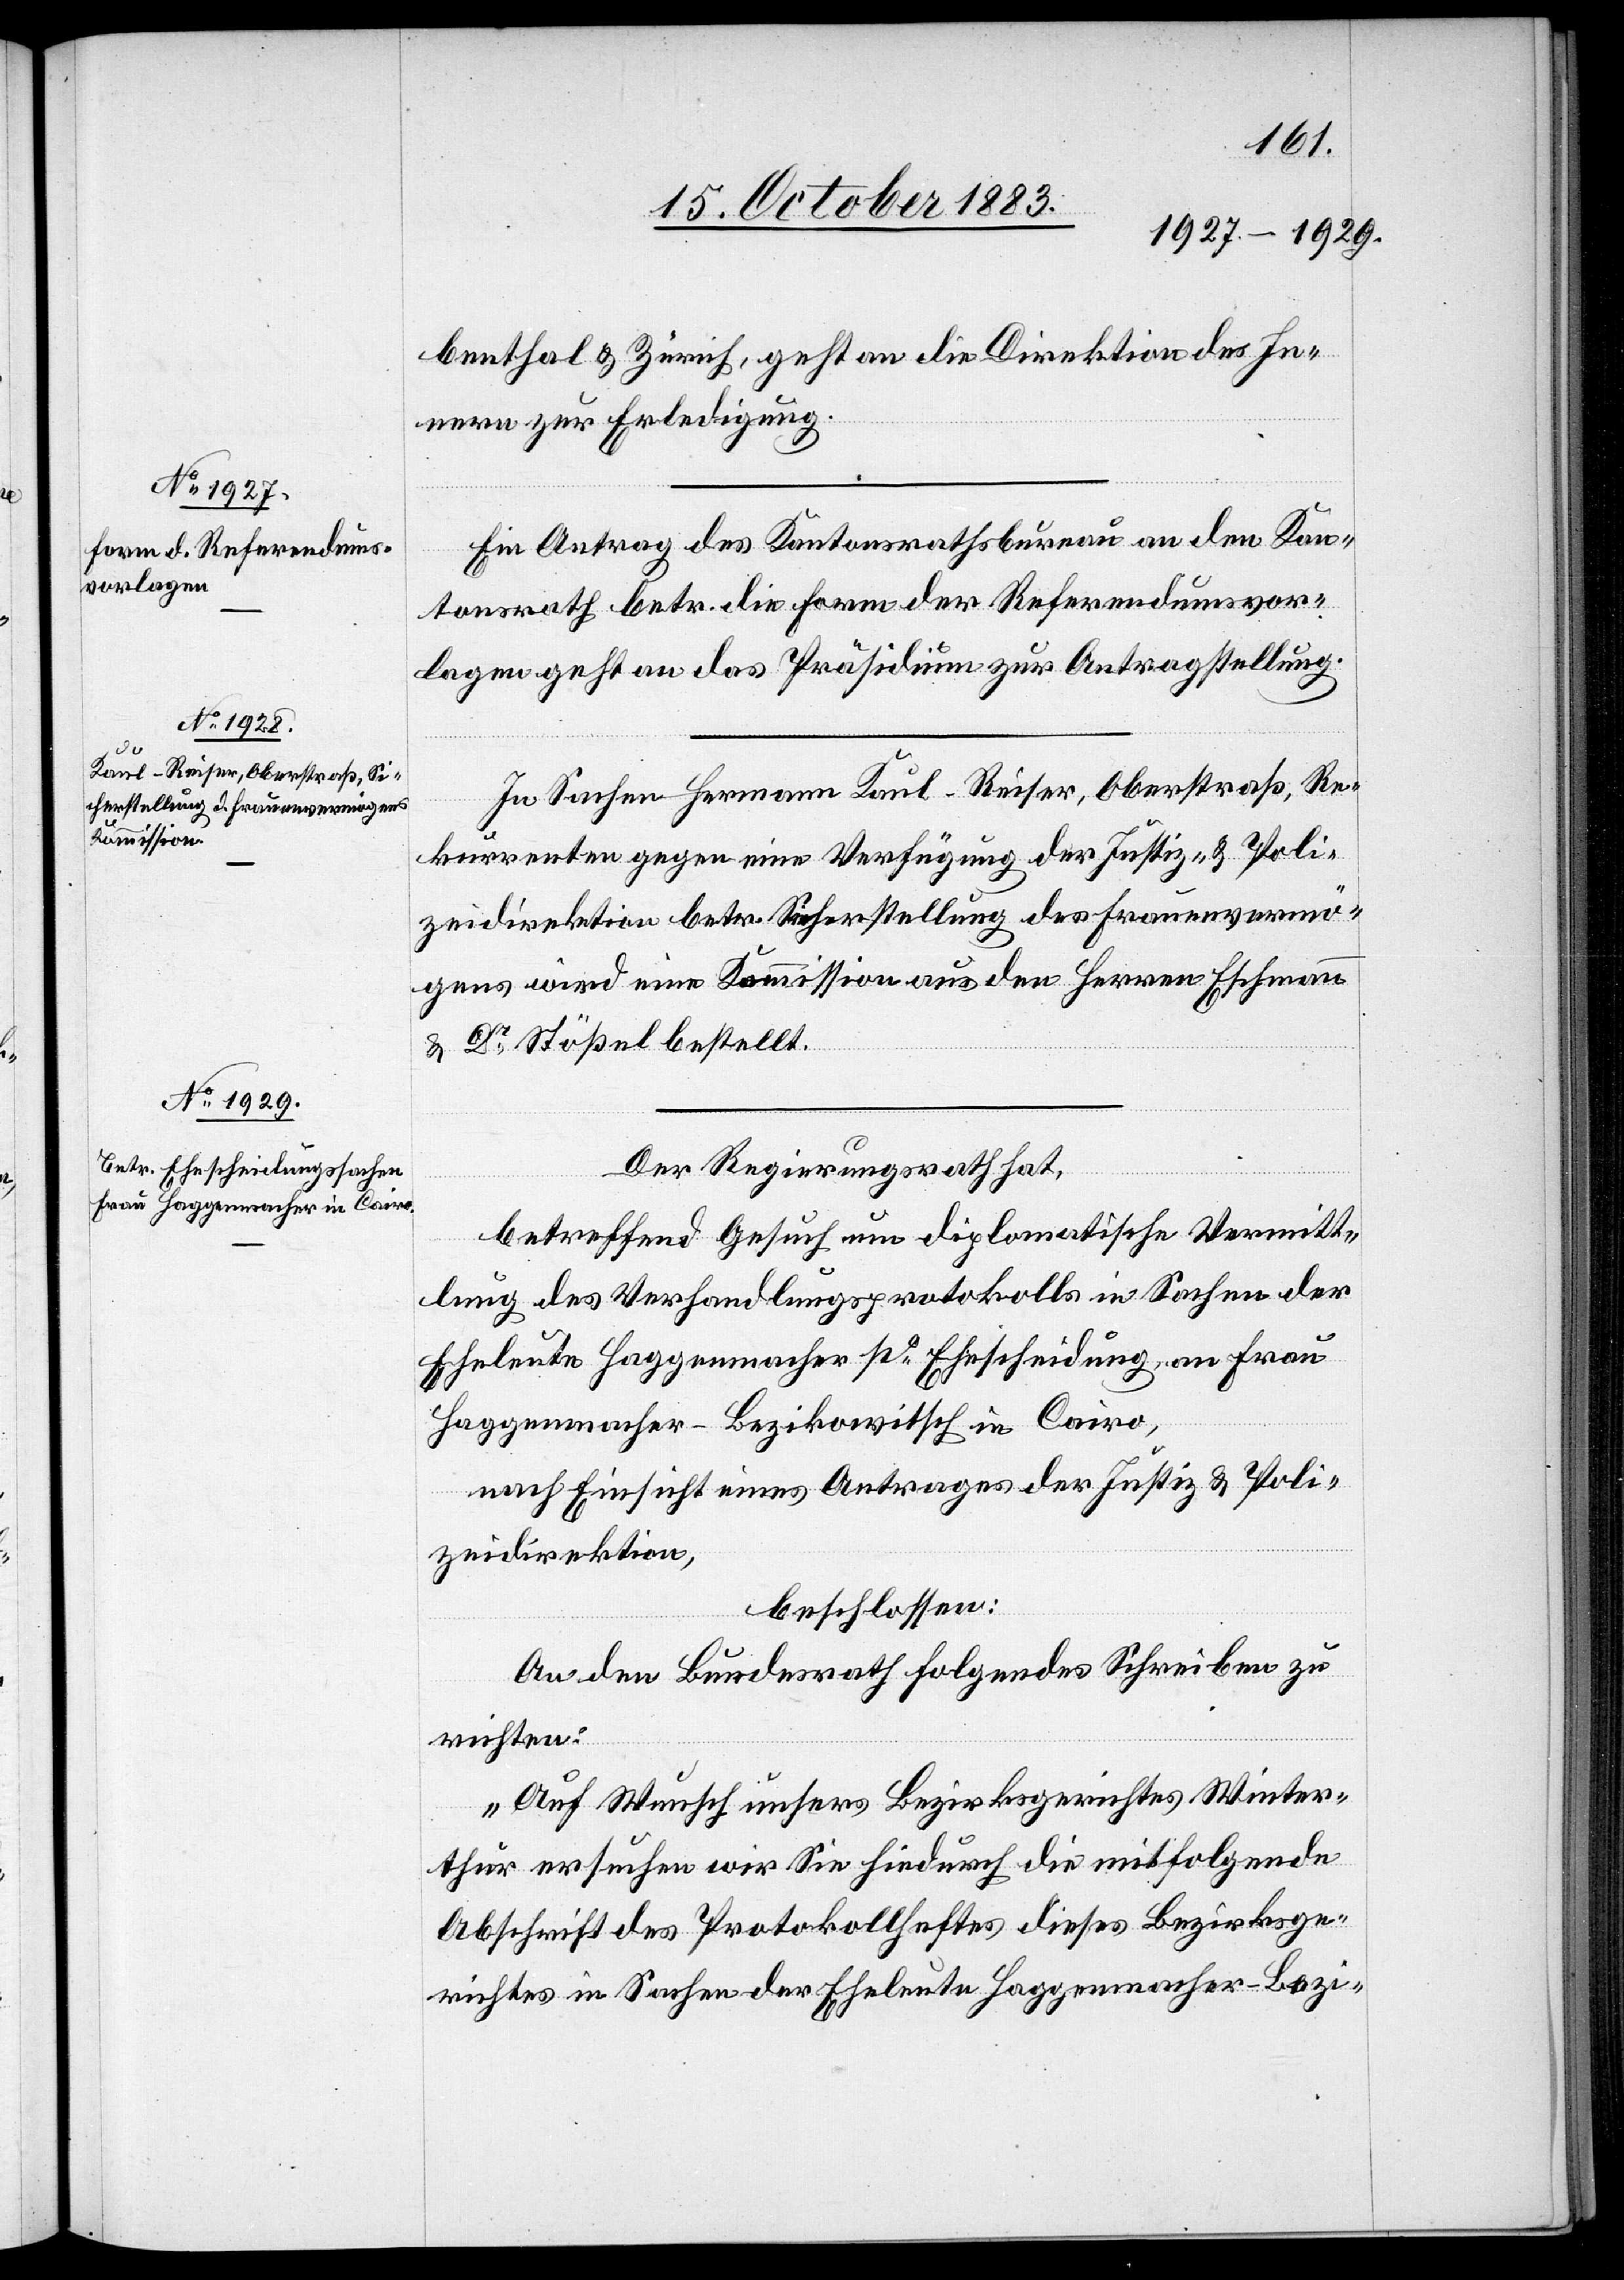
benthal & Zürich, geht an die Direktion des In¬
nern zur Erledigung.
Ein Antrag des Kantonsrathsbureau an den Kan¬
tonsrath betr. die Form der Referendumsvor¬
lagen geht an das Präsidium zur Antragstellung.
In Sachen Hermann Kaul-Rieser, Oberstraß, Re¬
kurrenten gegen eine Verfügung der Justiz- & Poli¬
zeidirektion betr. Sicherstellung des Frauenvermö¬
gens wird eine Kommission aus den Herren Eschmann
& Dr Stößel bestellt.
Der Regierungsrath hat,
betreffend Gesuch um diplomatische Vermitt¬
lung des Verhandlungsprotokolls in Sachen der
Eheleute Haggenmacher po Ehescheidung, an Frau
Haggenmacher-Bezikowitsch in Cairo,
nach Einsicht eines Antrages der Justiz- & Poli¬
zeidirektion,
beschlossen:
An den Bundesrath folgendes Schreiben zu
richten:
„Auf Wunsch unsers Bezirksgerichtes Winter¬
thur ersuchen wir Sie hiedurch die mitfolgende
Abschrift des Protokollheftes dieses Bezirksge¬
richtes in Sachen der Eheleute Haggenmacher-Bezi-